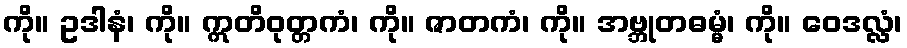
ကို။ ဥဒါနံ၊ ကို။ ဣတိဝုတ္တကံ၊ ကို။ ဇာတကံ၊ ကို။ အဗ္ဘုတဓမ္မံ၊ ကို။ ဝေဒလ္လံ၊